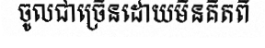
ចូលជាច្រើនដោយមិនគិតពី